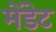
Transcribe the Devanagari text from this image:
मेंडेट